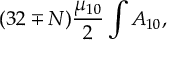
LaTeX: ( 3 2 \mp N ) { \frac { \mu _ { 1 0 } } { 2 } } \int A _ { 1 0 } ,